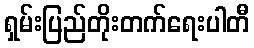
ရှမ်းပြည်တိုးတက်ရေးပါတီ